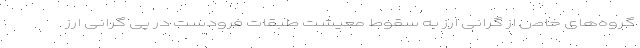
گروه‌های خاص از گرانی ارز به سقوط معیشت طبقات فرودست در پی گرانی ارز